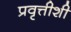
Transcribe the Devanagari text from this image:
प्रवृत्तीशी